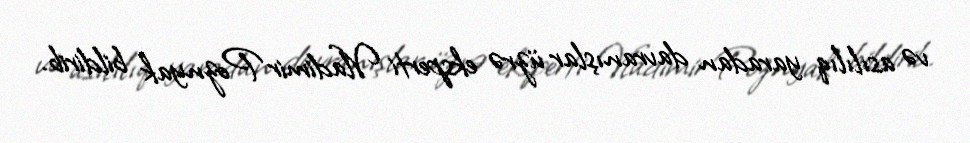
və asılılıq yaradan davranışlar üzrə eksperti Vladimir Poznyak bildirib.